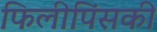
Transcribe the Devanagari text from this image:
फिलीपिंसकी